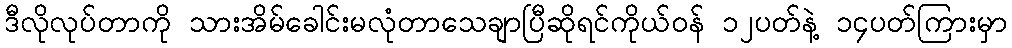
ဒီလိုလုပ်တာကို သားအိမ်ခေါင်းမလုံတာသေချာပြီဆိုရင်ကိုယ်ဝန် ၁၂ပတ်နဲ့ ၁၄ပတ်ကြားမှာ